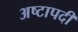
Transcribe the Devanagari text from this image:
अष्टापदीं